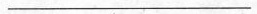
___